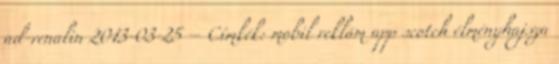
ad-renalin 2013-03-25 – Címkék: mobil reklám app scotch élményhajsza